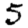
Digit: 5